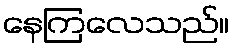
နေကြလေသည်။